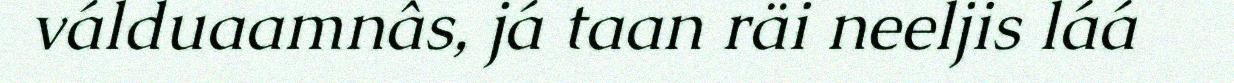
válduaamnâs, já taan räi neeljis láá